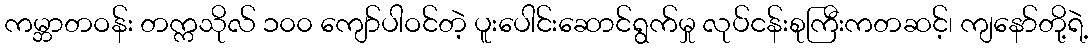
ကမ္ဘာတဝန်း တက္ကသိုလ် ၁၀၀ ကျော်ပါဝင်တဲ့ ပူးပေါင်းဆောင်ရွက်မှု လုပ်ငန်းစုကြီးကတဆင့်၊ ကျနော်တို့ရဲ့